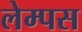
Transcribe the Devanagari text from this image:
लेम्पस